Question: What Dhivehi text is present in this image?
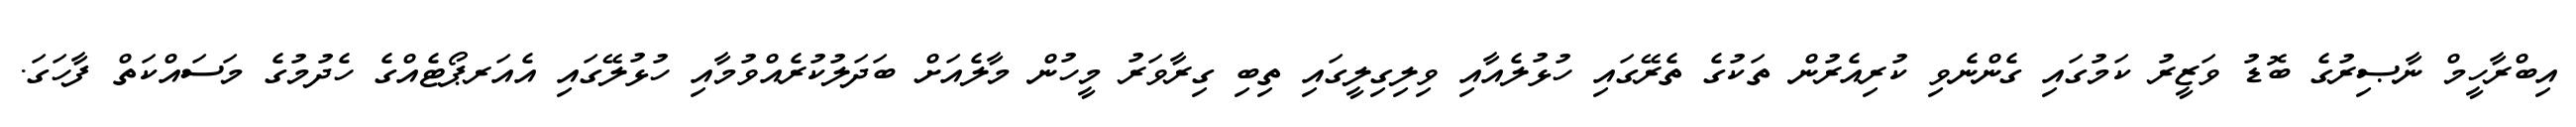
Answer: އިބްރާހީމް ނާޞިރުގެ ބޮޑު ވަޒީރު ކަމުގައި ގެންނެވި ކުރިއެރުން ތަކުގެ ތެރޭގައި ހުޅުލެއާއި ވިލިގިލީގައި ތިބި ގިރާވަރު މީހުން މާލެއަށް ބަދަލުކުރެއްވުމާއި ހުޅުލޭގައި އެއަރޕޯޓެއްގެ ހެދުމުގެ މަސައްކަތް ފާހަގަ.